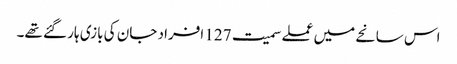
اس سانحے میں عملے سمیت 127 افراد جان کی بازی ہار گئے تھے۔